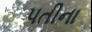
પતીના